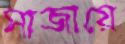
সাজায়ে